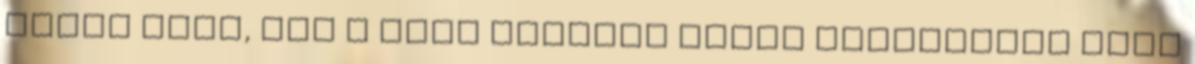
friss hírt, azt a napi reggeli hírek kommentjei közé